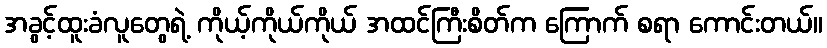
အခွင့်ထူးခံလူတွေရဲ့ ကိုယ့်ကိုယ်ကိုယ် အထင်ကြီးစိတ်က ကြောက် စရာ ကောင်းတယ်။